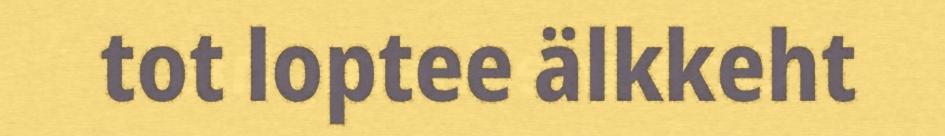
tot loptee älkkeht